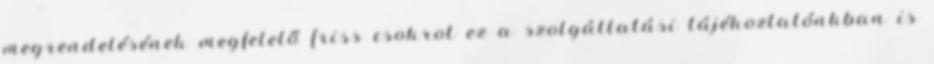
megrendelésének megfelelő friss csokrot ez a szolgáltatási tájékoztatónkban is